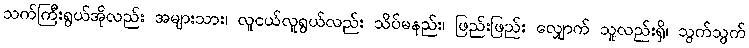
သက်ကြီးရွယ်အိုလည်း အများသား၊ လူငယ်လူရွယ်လည်း သိပ်မနည်း၊ ဖြည်းဖြည်း လျှောက် သူလည်းရှိ၊ သွက်သွက်